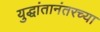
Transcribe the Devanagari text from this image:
युद्धांतानंतरच्या